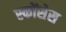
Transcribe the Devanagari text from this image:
स्कोंसेस